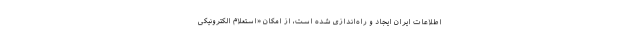
اطلاعات ایران ایجاد و راه‌اندازی شده است، از امکان «استعلام الکترونیکی